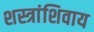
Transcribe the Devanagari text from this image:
शस्त्रांशिवाय